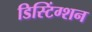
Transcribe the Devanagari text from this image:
डिस्टिंग्शन